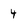
Character: 4